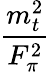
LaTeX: \frac{m_{t}^{2}}{F_{\pi}^{2}}